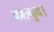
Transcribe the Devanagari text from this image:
फाल्गुन।